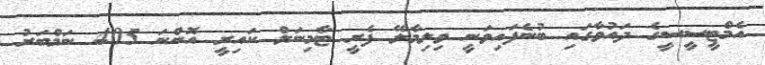
އެމްޓީސީސީގެ ދައުވާގައި ބުނެފައިވަނީ ވިލިމާލޭ ފެރީ ޓާމިނަލް ކައިރީ އޮންނަ 405 ނަމްބަރު